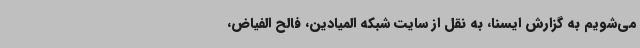
می‌شویم به گزارش ایسنا، به نقل از سایت شبکه المیادین، فالح الفیاض،